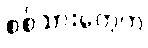
စစ်သားတွေက